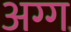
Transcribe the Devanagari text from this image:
अग्ग